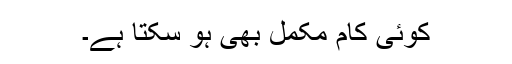
کوئی کام مکمل بھی ہو سکتا ہے۔